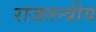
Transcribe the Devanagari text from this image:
राजतन्त्रीय